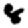
Digit: 8